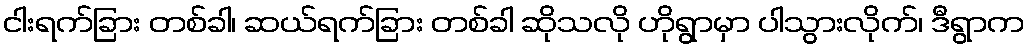
ငါးရက်ခြား တစ်ခါ၊ ဆယ်ရက်ခြား တစ်ခါ ဆိုသလို ဟိုရွာမှာ ပါသွားလိုက်၊ ဒီရွာက